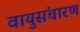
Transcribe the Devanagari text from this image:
वायुसंचारण